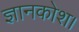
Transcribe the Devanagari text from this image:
ज्ञानकोश।